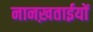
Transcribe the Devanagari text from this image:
नानख़ताईयों